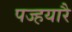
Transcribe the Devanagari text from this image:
पज्हयारै